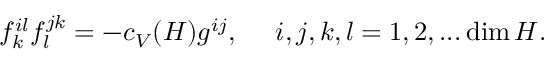
f _ { k } ^ { i l } f _ { l } ^ { j k } = - c _ { V } ( H ) g ^ { i j } , ~ ~ ~ ~ i , j , k , l = 1 , 2 , . . . \dim H .